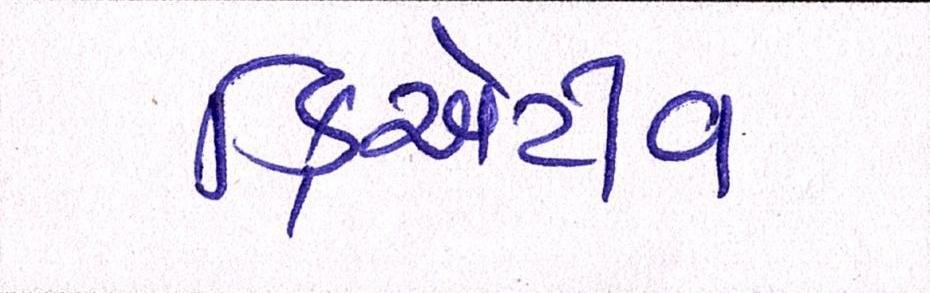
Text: ક્રિએટીવ